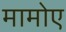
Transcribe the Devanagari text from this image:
मामोए